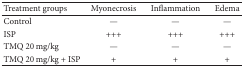
<table><thead><tr><td><b>Treatment groups</b></td><td><b>Myonecrosis</b></td><td><b>Inflammation</b></td><td><b>Edema</b></td></tr></thead><tbody><tr><td>Control </td><td>—</td><td>—</td><td>—</td></tr><tr><td>ISP </td><td>+++</td><td>+++</td><td>+++</td></tr><tr><td>TMQ 20 mg/kg</td><td>—</td><td>—</td><td>—</td></tr><tr><td>TMQ 20 mg/kg + ISP</td><td>+</td><td>+</td><td>+</td></tr></tbody></table>